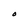
Character: O